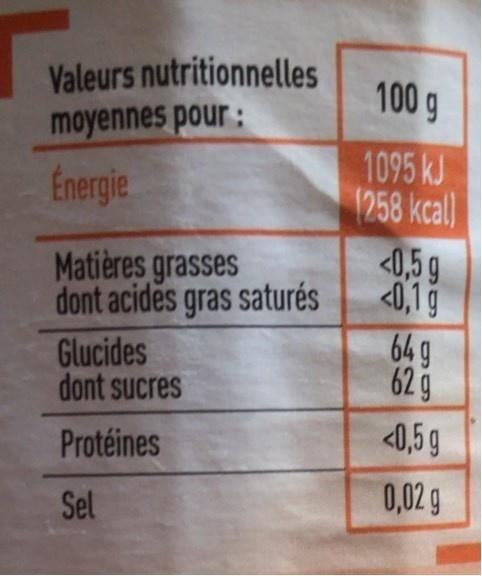
Valeurs nutritionnelles moyennes pour:
100 g
1095 kJ 1258 kcal) <0,5 g <0,1g 64 g 62 g
Energie
Matières grasses dont acides gras saturés
Glucides dont sucres
Protéines
<0,5 g
0,02 g
Sel